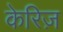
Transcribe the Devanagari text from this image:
केरिज़